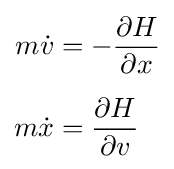
{\begin{aligned}m{\dot {v}}&=-{\frac {\partial H}{\partial x}}\\[5pt]m{\dot {x}}&={\frac {\partial H}{\partial v}}\end{aligned}}